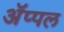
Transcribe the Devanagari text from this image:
ॲप्पल